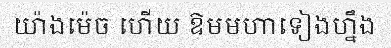
យ៉ាងម៉េច ហើយ ឱមមហាទៀងហ្នឹង